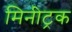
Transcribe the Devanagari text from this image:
मिनीट्रक